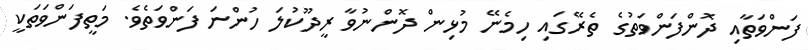
ފަންވަތާއި ދޮންފަންވަތުގެ ތެރޭގައި ހިމެނޭ މުޅިން ދޮންނުވާ ރީދޫކުލަ ހުންނަ ފަންވަތެވެ. މަތީފަންވަތަކީ